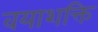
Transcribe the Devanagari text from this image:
वयाशक्ति